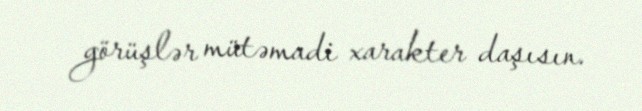
görüşlər mütəmadi xarakter daşısın.